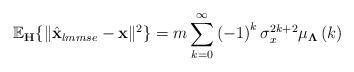
LaTeX: \begin{align*}\mathbb{E}_{\mathbf{H}}\{ \Vert\hat{\mathbf{x}}_{lmmse}-\mathbf{x}\Vert^2\}=m\sum_{k=0}^{\infty} \left(-1\right)^k\sigma_x^{2k+2} \mu_{\mathbf{\Lambda}}\left(k\right)\end{align*}